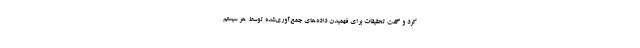
کرد و گفت تحقیقات برای فهمیدن داده‌های جمع‌آوری‌شده توسط هر سیستم